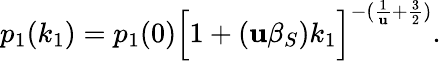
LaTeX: p_{1}(k_{1})=p_{1}(0)\Big[1+(\mathbf{u}\beta_{S})k_{1}\Big]^{-(\frac{{1}}{{\mathbf{u}}}+\frac{{3}}{{2}})}.